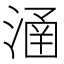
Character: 𣹢